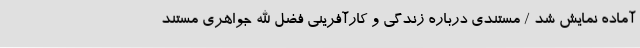
آماده نمایش شد / مستندی درباره زندگی و کارآفرینی فضل الله جواهری مستند